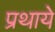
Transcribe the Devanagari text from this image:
प्रथाये